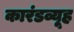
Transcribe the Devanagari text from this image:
कारंडव्यूह